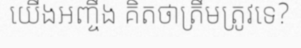
យើងអញ្ចឹង គិតថាត្រឹមត្រូវទេ?